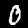
Label: 0